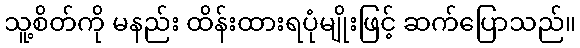
သူ့စိတ်ကို မနည်း ထိန်းထားရပုံမျိုးဖြင့် ဆက်ပြောသည်။